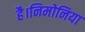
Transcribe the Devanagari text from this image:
है।निमोनिया